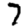
Digit: 7